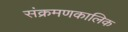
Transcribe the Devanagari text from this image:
संक्रमणकालिक